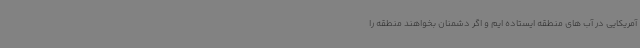
آمریکایی در آب های منطقه ایستاده ایم و اگر دشمنان بخواهند منطقه را